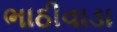
ભાઠીવાડા